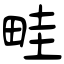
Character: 畦